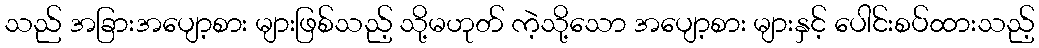
သည် အခြားအပျော့စား များဖြစ်သည့် သို့မဟုတ် ကဲ့သို့သော အပျော့စား များနှင့် ပေါင်းစပ်ထားသည့်